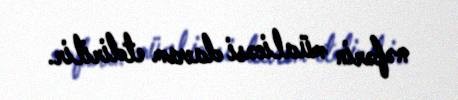
nəfərin müalicəsi davam etdirilir.